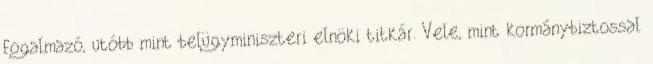
fogalmazó, utóbb mint belügyminiszteri elnöki titkár. Vele, mint kormánybiztossal